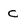
Character: c